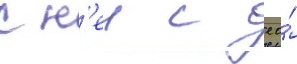
с н'еи с ео́